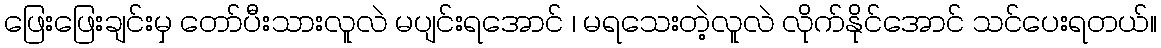
ဖြေးဖြေးချင်းမှ တော်ပီးသားလူလဲ မပျင်းရအောင် ၊ မရသေးတဲ့လူလဲ လိုက်နိုင်အောင် သင်ပေးရတယ်။